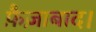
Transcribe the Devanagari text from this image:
फ़ैज़ाबाद।